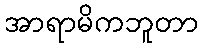
အာရာမိကဘူတာ